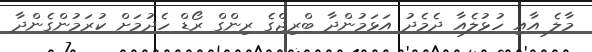
މާލެ އާއި ހުޅުލެއާ ދެމެދު އަޅަމުންދާ ބްރިޖްގެ ރިންގް ރޯޑް ހެދުމަށް ކުރަމުންގެންދާ